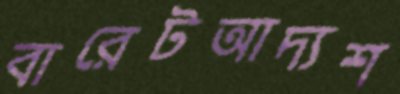
বারেটআদ্যশ